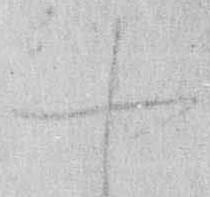
や